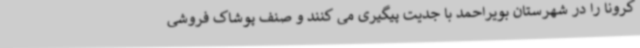
کرونا را در شهرستان بویراحمد با جدیت پیگیری می کنند و صنف پوشاک فروشی